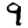
Digit: 9